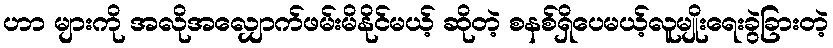
ဟာ များကို အလိုအလျှောက်ဖမ်းမိနိုင်မယ့် ဆိုတဲ့ စနစ်ရှိပေမယ့်လူမျိုးရေးခွဲခြားတဲ့